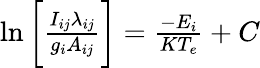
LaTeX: \begin{array}{r}{\ln{\bigg[\frac{I_{ij}\lambda_{ij}}{g_{i}A_{ij}}\bigg]}=\frac{-E_{i}}{KT_{e}}+C}\end{array}